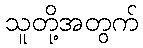
သူတို့အတွက်